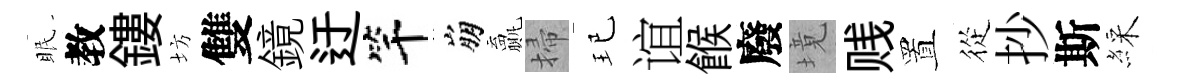
眠教鏤坊雙鏡迂竿崩贏掃玘谊餱廢境贱置從抄斯綵